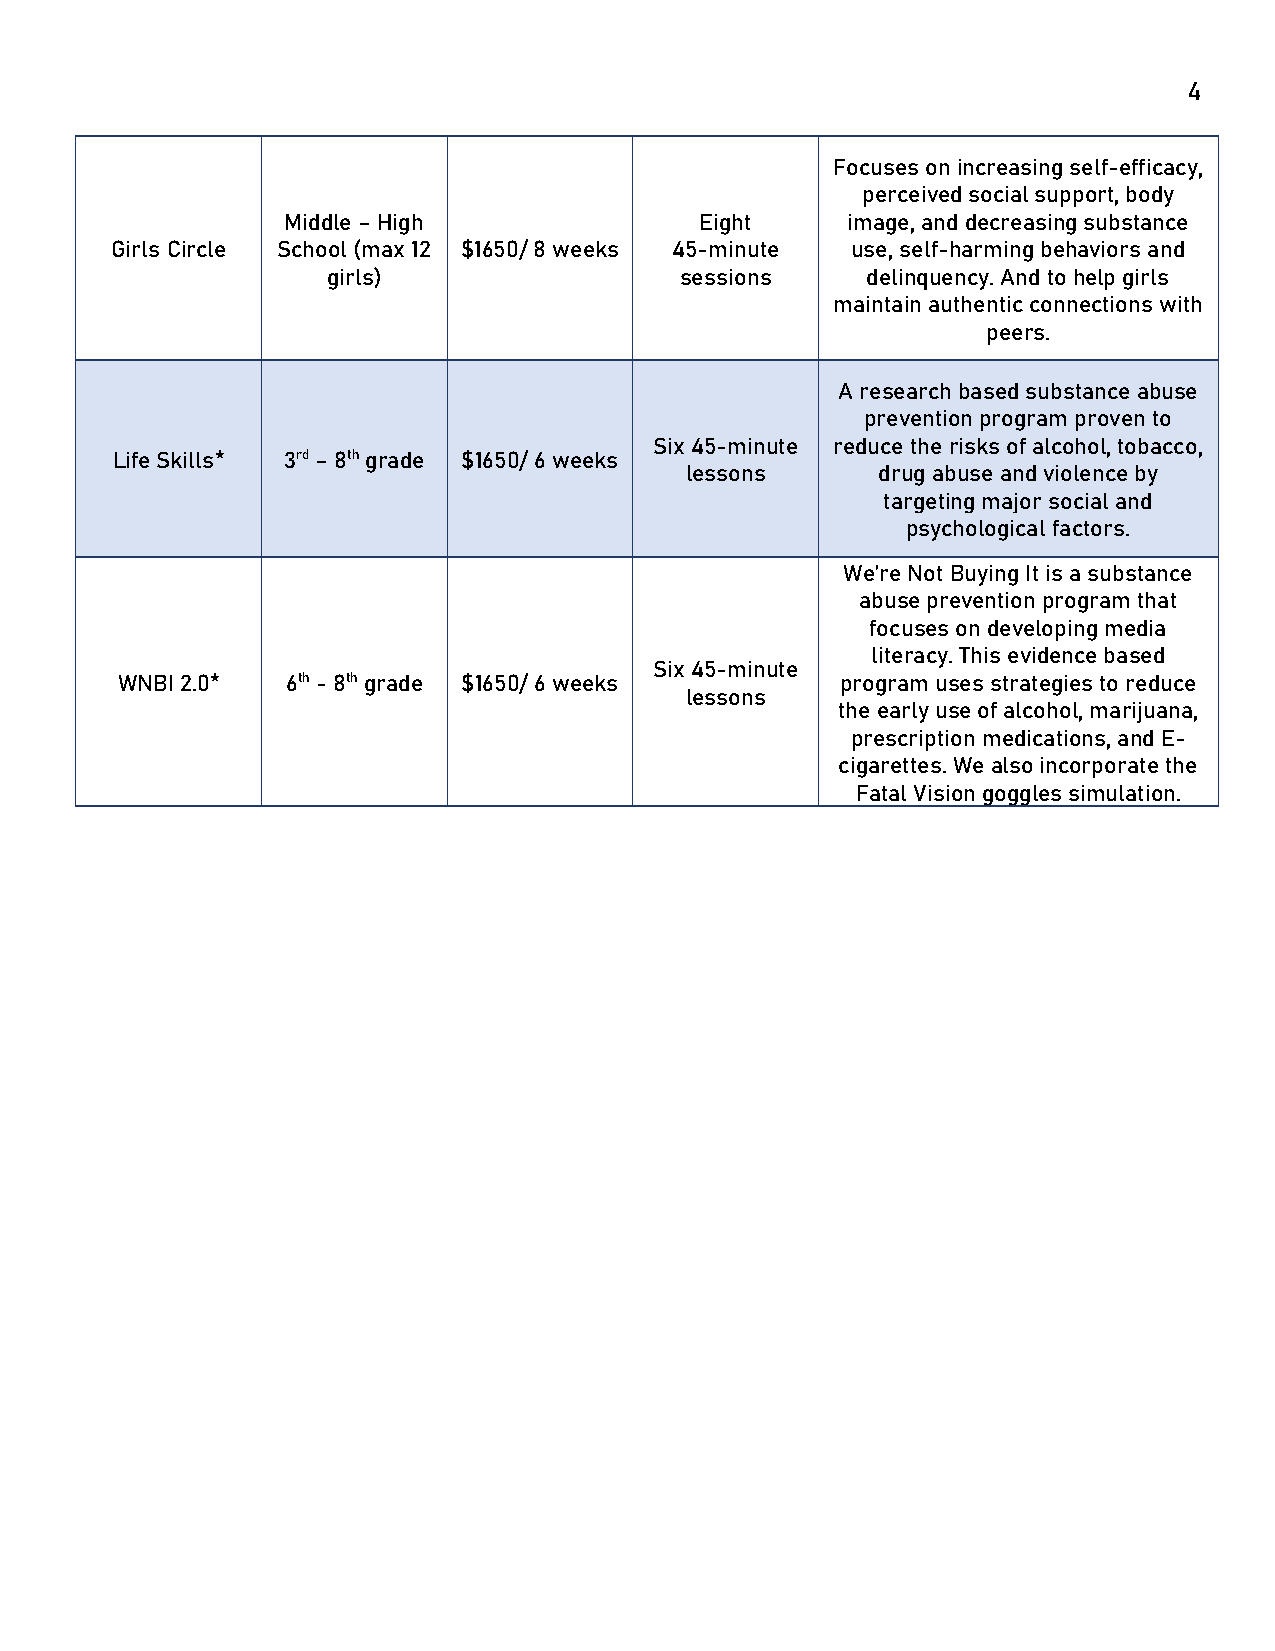
4
 Focuses on increasing self-efficacy,
 perceived social support, body
 Middle – High              Eight     image, and decreasing substance
 Girls Circle School (max 12 $1650/ 8 weeks 45-minute use, self-harming behaviors and
 girls)                 sessions    delinquency. And to help girls
 maintain authentic connections with
 peers.
 A research based substance abuse
 prevention program proven to
 Six 45-minute reduce the risks of alcohol, tobacco,
 Life Skills* 3rd – 8th grade $1650/ 6 weeks
 lessons      drug abuse and violence by
 targeting major social and
 psychological factors.
 We’re Not Buying It is a substance
 abuse prevention program that
 focuses on developing media
 literacy. This evidence based
 Six 45-minute
 WNBI 2.0*  6th - 8th grade $1650/ 6 weeks       program uses strategies to reduce
 lessons
 the early use of alcohol, marijuana,
 prescription medications, and E-
 cigarettes. We also incorporate the
 Fatal Vision goggles simulation.